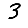
Digit: 3